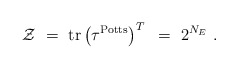
\begin{align*}{\cal Z}~=~\hbox{tr}\left(\tau^{\rm Potts}\right)^T~=~ 2^{N_E} \ .\end{align*}